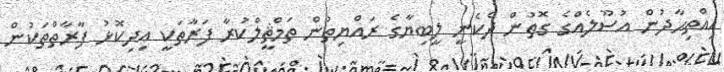
އިއްތިޙާދުން އުސޫލެއްގެ ގޮތުން ދެކެނީ ލީބިޔާގެ ރައްޔިތުން ތަމްޘީލްކުރާ ފަރާތަކީ އިދިކޮޅު ފާރާތްތަކުން